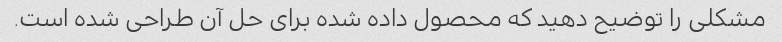
مشکلی را توضیح دهید که محصول داده شده برای حل آن طراحی شده است.